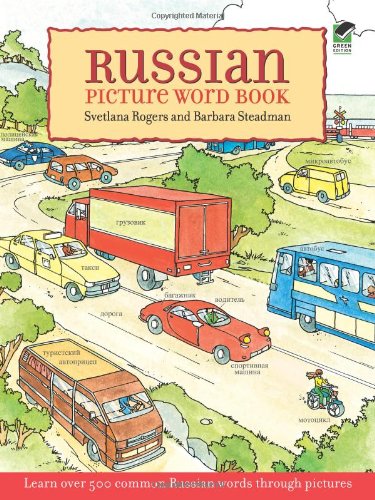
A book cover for Russian Picture Word Book: Learn Over 500 Commonly Used Russian Words Through Pictures (Dover Children's Language Activity Books); Svetlana Rogers; Children's Books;